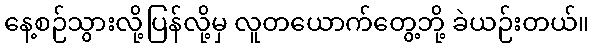
နေ့စဉ်သွားလို့ပြန်လို့မှ လူတယောက်တွေ့ဘို့ ခဲယဉ်းတယ်။